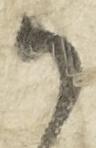
御